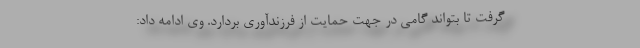
گرفت تا بتواند گامی در جهت حمایت از فرزندآوری بردارد. وی ادامه داد: